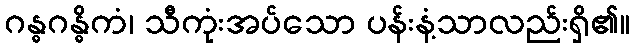
ဂန္ဓဂန္ဓိကံ၊ သီကုံးအပ်သော ပန်းနံ့သာလည်းရှိ၏။